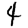
Digit: 4